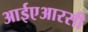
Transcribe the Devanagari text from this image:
आईएआरसी